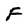
Character: F